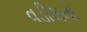
વડીલનો